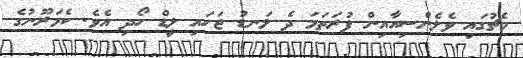
މެޗުގައި ވެލެންސިއާއިން ފުރަތަމަ ދެ ލަނޑު ޖަހައި ލީޑް ހޯދި އެވެ. ކެމަރޫނުގެ